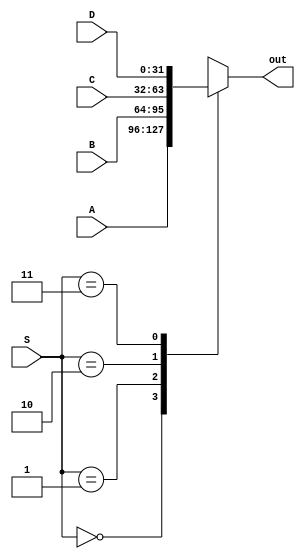
`timescale 1ns / 1ps
/*  * Module: nbitmuxforbyone.v  
* Project: milestone 2  
jannah soliman- jannahsoliman9@aucegypt.edu
* Description: 4x1 mux
*  
* Change history: 10/4/23 - implementaion 
               
*  **********************************************************************/

module nbitmuxfourbyone #(parameter N=32)
(
input [N-1:0]A,
input [N-1:0]B,
input [N-1:0]C,
input [N-1:0]D,
input [1:0]S, 
output reg [N-1:0] out

 );
 always@(*)
 begin
case(S)
2'b00:
begin
out<=A;
end
2'b01:
begin
out<=B;
end
2'b10:
begin
out<=C;
end
2'b11:
out<=D;
default:
begin
out<=0;
end

endcase
end
endmodule